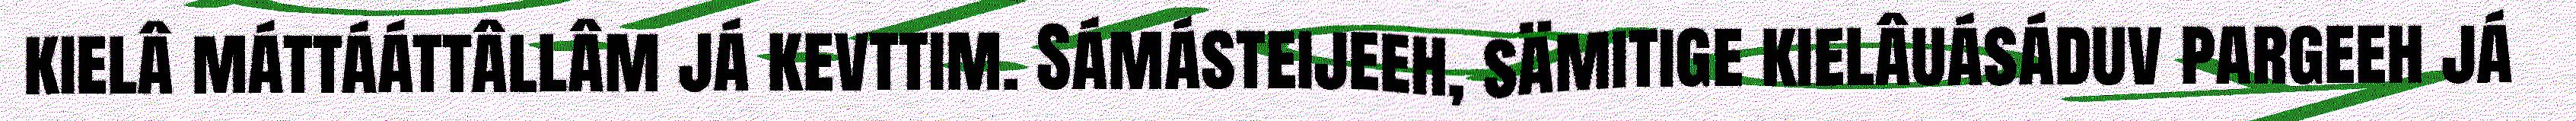
kielâ máttááttâllâm já kevttim. Sámásteijeeh, sämitige kielâuásáduv pargeeh já